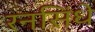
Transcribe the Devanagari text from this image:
रनसिंधे